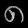
Digit: ၈